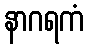
နာဂရကံ